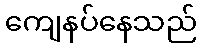
ကျေနပ်နေသည်